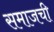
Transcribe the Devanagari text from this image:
समाजची